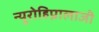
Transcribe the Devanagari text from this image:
न्यूरोहिप्नालाजी